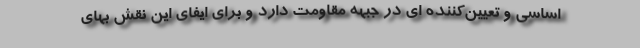
اساسی و تعیین‌کننده ای در جبهه مقاومت دارد و برای ایفای این نقش بهای